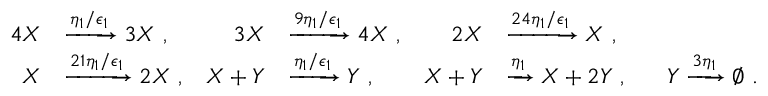
\begin{array} { r l r l r l } { 4 X } & { \xrightarrow { \eta _ { 1 } / \epsilon _ { 1 } } 3 X \ , } & { 3 X } & { \xrightarrow { 9 \eta _ { 1 } / \epsilon _ { 1 } } 4 X \ , } & { 2 X } & { \xrightarrow { 2 4 \eta _ { 1 } / \epsilon _ { 1 } } X \ , } \\ { X } & { \xrightarrow { 2 1 \eta _ { 1 } / \epsilon _ { 1 } } 2 X \ , } & { X + Y } & { \xrightarrow { \eta _ { 1 } / \epsilon _ { 1 } } Y \ , } & { X + Y } & { \xrightarrow { \eta _ { 1 } } X + 2 Y \ , ~ ~ ~ ~ ~ Y \xrightarrow { 3 \eta _ { 1 } } \varnothing \ . } \end{array}